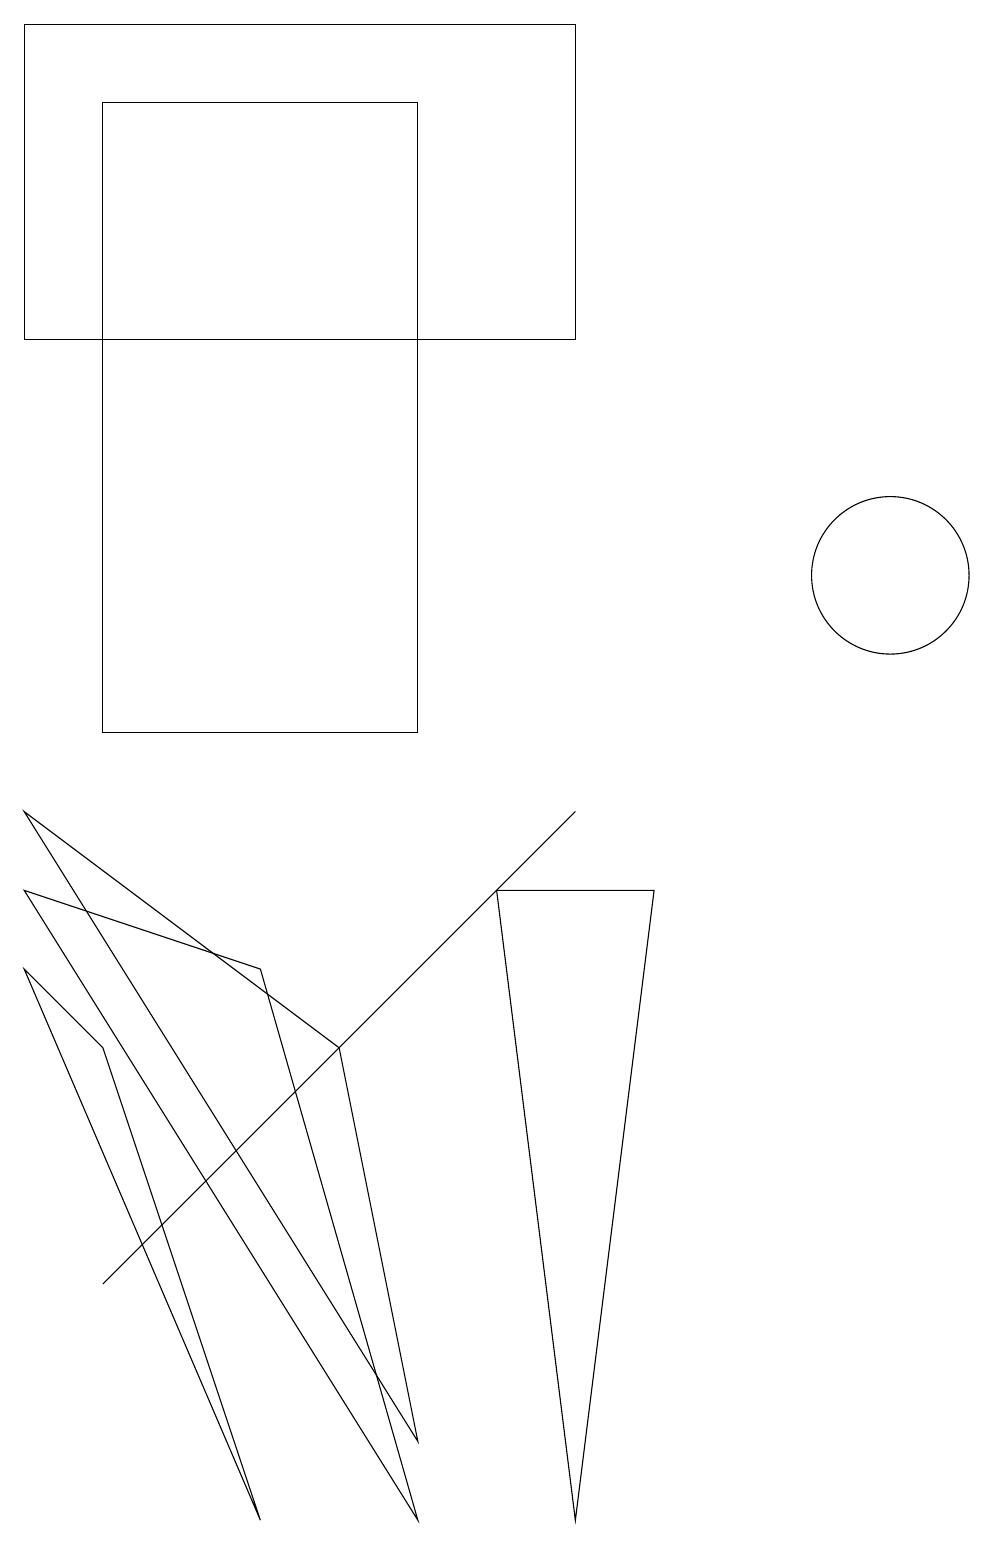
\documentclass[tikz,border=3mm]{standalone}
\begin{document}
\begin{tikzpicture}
\draw (0,8) -- (3,7) -- (5,0) -- cycle;
\draw (0,9) -- (5,1) -- (4,6) -- cycle;
\draw (6,8) -- (7,9) -- (1,3) -- cycle;
\draw (1,18) rectangle (5,10);
\draw (7,15) rectangle (0,19);
\draw (11,12) circle (1);
\draw (0,7) -- (3,0) -- (1,6) -- cycle;
\draw (7,0) -- (8,8) -- (6,8) -- cycle;
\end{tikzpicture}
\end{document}